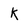
Character: k